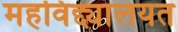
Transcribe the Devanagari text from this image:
महविद्द्यालयत